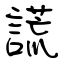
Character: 謊